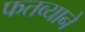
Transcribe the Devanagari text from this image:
फतव्याने